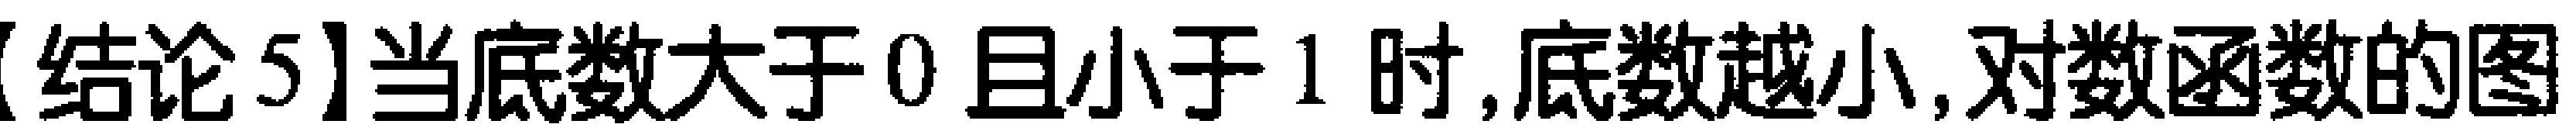
【结论5】当底数大于0且小于1时,底数越小,对数函数的图